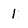
Character: 1